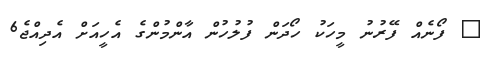
@ ފޯނެއް ފޭރުނު މީހަކު ހޯދަން ފުލުހުން އާންމުންގެ އެހީއަށް އެދިއްޖެ6